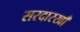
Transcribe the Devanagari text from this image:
सरदारखाँ